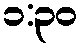
၁:၃၀